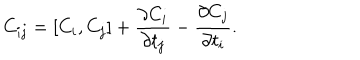
LaTeX: C _ { i j } = [ C _ { i } , C _ { j } ] + \frac { \partial C _ { i } } { \partial t _ { j } } - \frac { \partial C _ { j } } { \partial t _ { i } } .